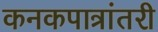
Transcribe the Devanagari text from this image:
कनकपात्रांतरी